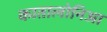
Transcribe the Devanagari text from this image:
कातालोनिआ